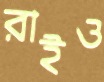
রাইও